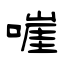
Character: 嘊